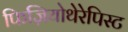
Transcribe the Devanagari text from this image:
फिज़ियोथेरेपिस्ट